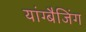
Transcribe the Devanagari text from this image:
यांग्बैजिंग